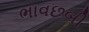
ભાવછબી